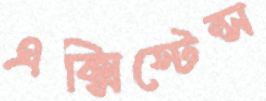
এক্সিস্টেন্স